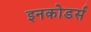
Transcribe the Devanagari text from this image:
इनकोडर्स